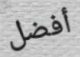
أفضل